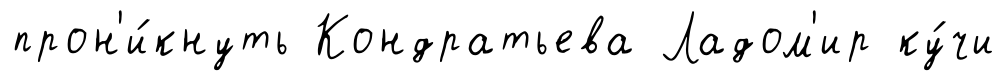
прон'и́кнуть Кондратьева Ладом'ир ку́чи